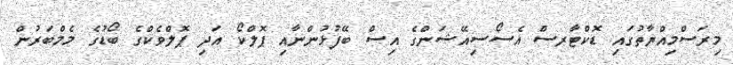
މިރަސްމިއްޔާތުގައި ޑޮކްޓާރސް އެސޯސިއޭޝަންގެ އިސް ބޭފުޅުންނާއި ޕޮލްކޯ އަދި ޕޮލްވެކްގެ ބޯޑުގެ މެމްބަރުން